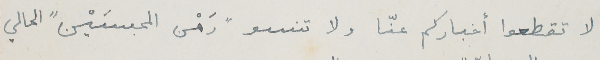
لا تقطعوا أخباركم عنّأ ولا تنسو " رَهْن المحبسَيْن " الحالي